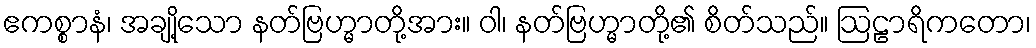
ဧကစ္စာနံ၊ အချို့သော နတ်ဗြဟ္မာတို့အား။ ဝါ၊ နတ်ဗြဟ္မာတို့၏ စိတ်သည်။ ဩဠာရိကတော၊